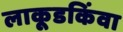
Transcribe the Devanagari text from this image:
लाकूडकिंवा